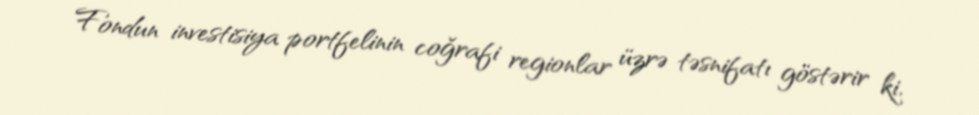
Fondun investisiya portfelinin coğrafi regionlar üzrə təsnifatı göstərir ki,